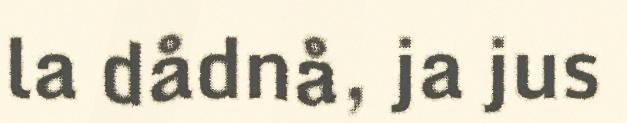
la dådnå, ja jus